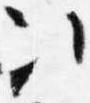
次